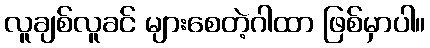
လူချစ်လူခင် များစေတဲ့ဂါထာ ဖြစ်မှာပါ။